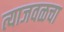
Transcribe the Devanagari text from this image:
त्याजवळचा